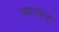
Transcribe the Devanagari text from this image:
नागराज्